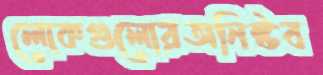
লোকগুলোরঅনিষ্টব